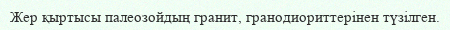
Жер қыртысы палеозойдың гранит, гранодиориттерінен түзілген.